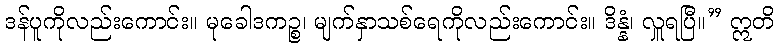
ဒန်ပူကိုလည်းကောင်း။ မုခေါဒကဉ္စ၊ မျက်နှာသစ်ရေကိုလည်းကောင်း။ ဒိန္နံ၊ လှူရပြီ။” ဣတိ